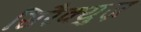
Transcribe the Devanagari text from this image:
सिरैक्युज़